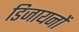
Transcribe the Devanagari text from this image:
डिजायनों